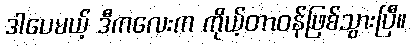
ဒါပေမယ့် ဒီကလေးက ကိုယ့်တာဝန်ဖြစ်သွားပြီ။